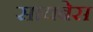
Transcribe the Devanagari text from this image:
सायबेस